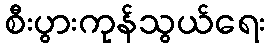
စီးပွားကုန်သွယ်ရေး